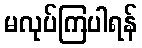
မလုပ်ကြပါရန်